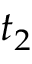
t _ { 2 }